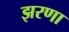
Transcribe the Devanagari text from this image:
झरणा